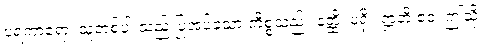
ပရကာရော၊ သူတစ်ပါးသည် ပြုအပ်သော ကိစ္စသည်။ နတ္ထိ၊ မရှိ။ ဣတိ ဧဝံ၊ ဤသို့။